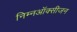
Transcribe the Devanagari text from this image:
निम्नऑक्सीजन